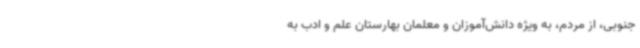
جنوبی، از مردم، به ویژه دانش‌آموزان و معلمان بهارستان علم و ادب به